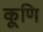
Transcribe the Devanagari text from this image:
कूणि